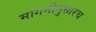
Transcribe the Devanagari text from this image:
मागनीनुसारच